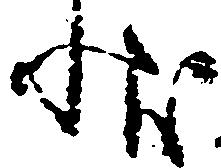
状